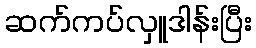
ဆက်ကပ်လှူဒါန်းပြီး